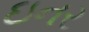
ઇનર